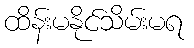
ထိန်းမနိုင်သိမ်းမရ